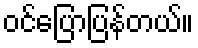
ဝင်ပြောပြန်တယ်။